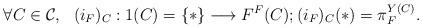
LaTeX: \begin{align*}\forall C\in \mathcal{C},~~ (i_F)_C:1(C) = \{*\} \longrightarrow F^F(C);(i_F)_C (*) = \pi_F^{Y(C)}.\end{align*}